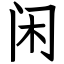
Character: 闲